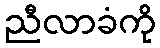
ညီလာခံကို